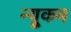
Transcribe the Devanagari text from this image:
न्यूकम